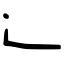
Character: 辶